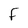
Character: F